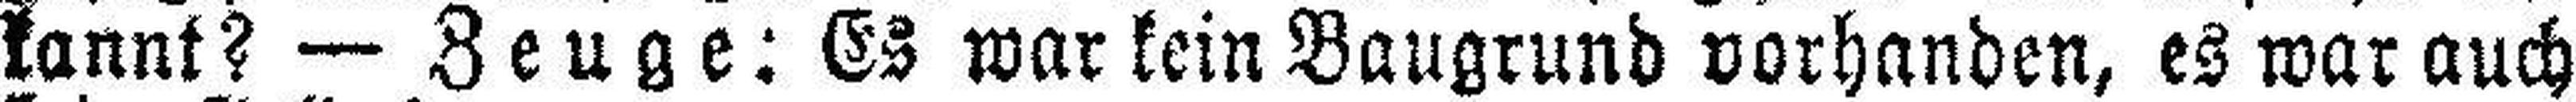
kannt? — Zeuge: Es war kein Baugrund vorhanden, es war auch